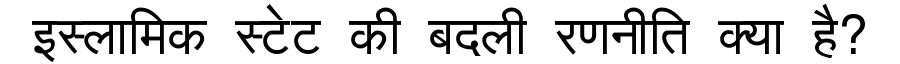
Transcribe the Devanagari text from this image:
इस्लामिक स्टेट की बदली रणनीति क्या है?